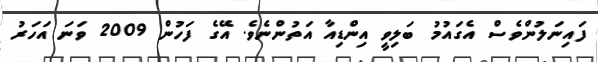
ފައިނަލުންވެސް އެގައުމު ބަލިވީ އިންޑިއާ އަތުންނެވެ. އޭގެ ފަހުން 2009 ވަނަ އަހަރު